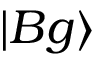
| B g \rangle